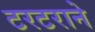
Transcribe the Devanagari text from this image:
टरटराने